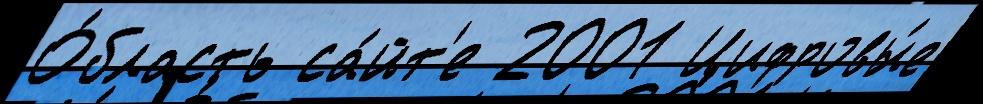
О́бласть са́йт'е 2001 Цифровы́е